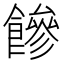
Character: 𩞀